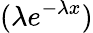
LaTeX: (\lambda e^{-\lambda x})